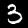
Label: 3